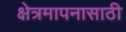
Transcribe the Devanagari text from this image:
क्षेत्रमापनासाठी